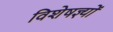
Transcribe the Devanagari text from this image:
विशेषज्ञ्यों